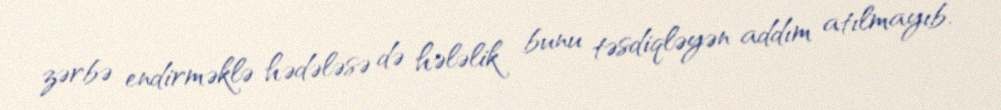
zərbə endirməklə hədələsə də hələlik bunu təsdiqləyən addım atılmayıb.